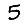
Digit: 5